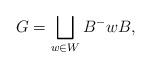
LaTeX: \begin{align*} G = \bigsqcup_{w\in W} B^-wB,\end{align*}